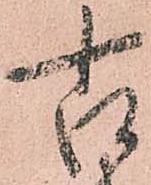
古